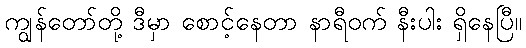
ကျွန်တော်တို့ ဒီမှာ စောင့်နေတာ နာရီဝက် နီးပါး ရှိနေပြီ။